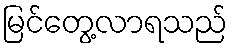
မြင်တွေ့လာရသည်